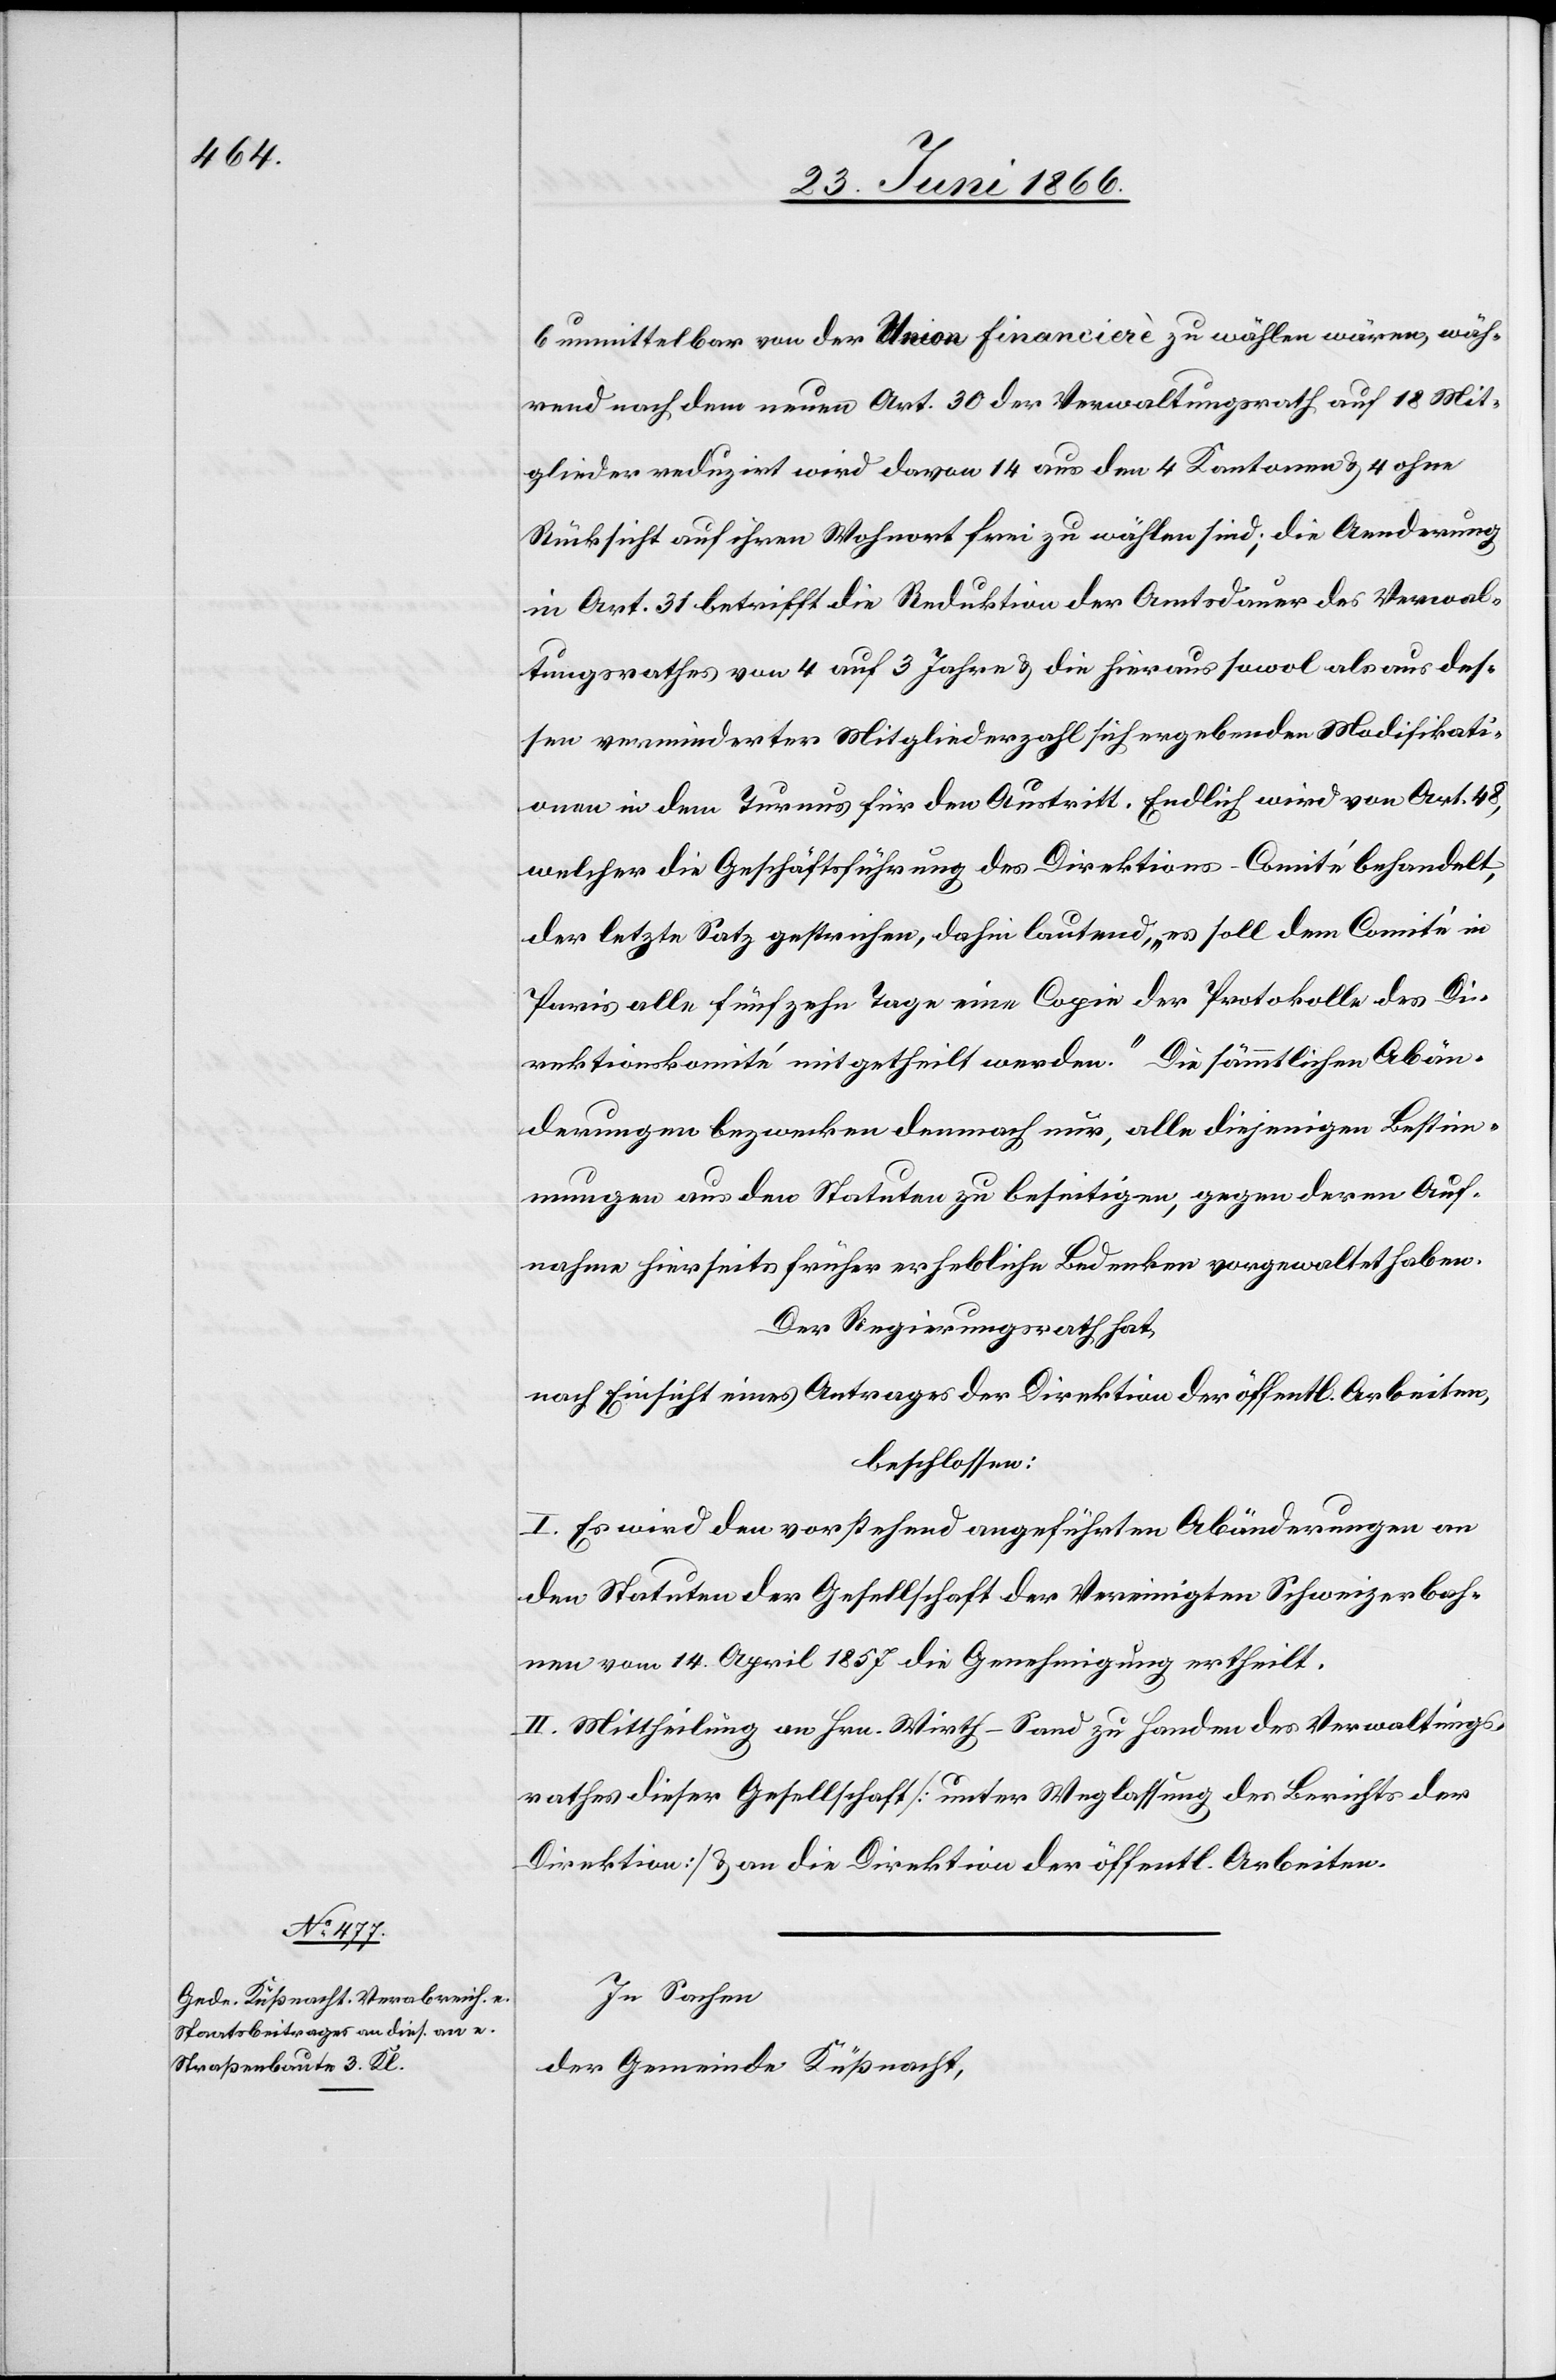
In Sachen
der Gemeinde Küßnacht,